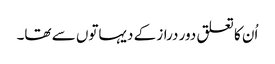
اُن کا تعلق دور دراز کے دیہاتوں سے تھا۔